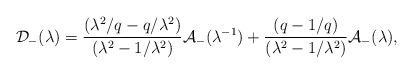
LaTeX: \begin{align*}\mathcal{D}_{-}(\lambda )=\frac{(\lambda ^{2}/q-q/\lambda ^{2})}{(\lambda^{2}-1/\lambda ^{2})}\mathcal{A}_{-}(\lambda^{-1} )+\frac{(q-1/q)}{(\lambda^{2}-1/\lambda ^{2})}\mathcal{A}_{-}(\lambda ), \end{align*}